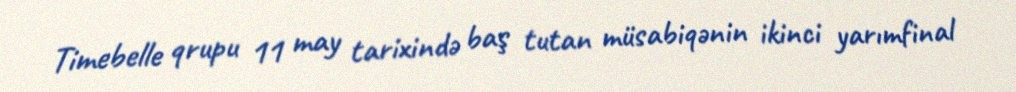
Timebelle qrupu 11 may tarixində baş tutan müsabiqənin ikinci yarımfinal